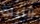
الليلة